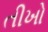
તીખો